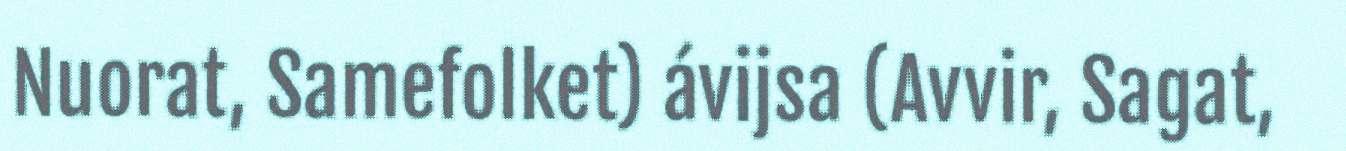
Nuorat, Samefolket) ávijsa (Avvir, Sagat,